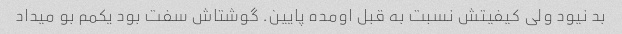
بد نیود ولی کیفیتش نسبت به قبل اومده پایین. گوشتاش سفت بود یکمم بو میداد